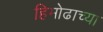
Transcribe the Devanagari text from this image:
हिमोढाच्या